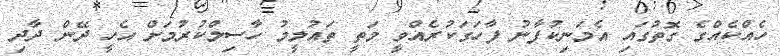
ހެއްކެއްގެ ގޮތުގައި އެމަނިކުފާނު ފާހަގަކުރެއްވީ މަތީ ތައުލީމު ހާސިލްކުރުމަށް އެހީ ދޭން ދާދި